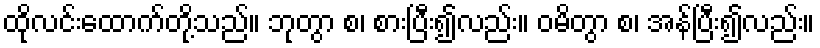
ထိုလင်းထောက်တို့သည်။ ဘုတွာ စ၊ စားပြီး၍လည်း။ ဝမိတွာ စ၊ အန်ပြီး၍လည်း။